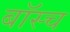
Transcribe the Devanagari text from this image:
बॉस्च